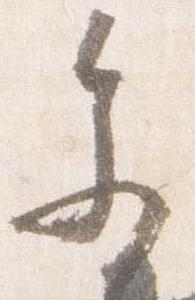
参